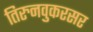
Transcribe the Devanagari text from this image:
तिरुनवुकरसर